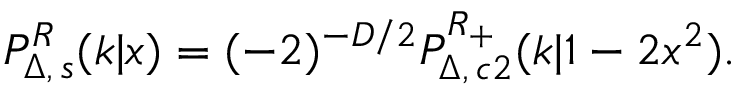
P _ { \Delta , \, s } ^ { \cal R } ( k | x ) = ( - 2 ) ^ { - D / 2 } P _ { \Delta , \, c 2 } ^ { \cal R _ { + } } ( k | 1 - 2 x ^ { 2 } ) .